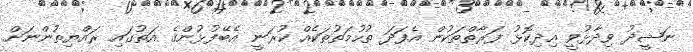
ނަޝީދު ވިދާޅުވީ އިދިކޮޅު ފަރާތްތަކުން އެފަދަ ތުހުމަތުތަކެއް ކުރަނީ އެބޭފުޅުންގެ އަތުގައި ރައްޔިތުންނަށް